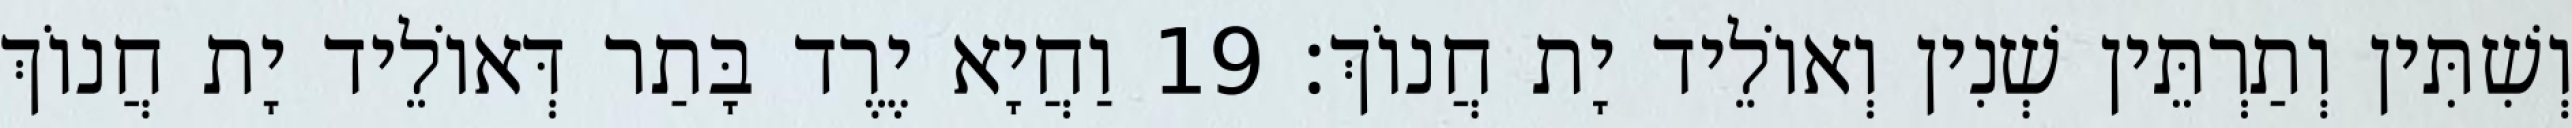
וְשִׁתִּין וְתַרְתֵּין שְׁנִין וְאוֹלֵיד יָת חֲנוֹךְ׃ 19 וַחֲיָא יֶרֶד בָּתַר דְּאוֹלֵיד יָת חֲנוֹךְ